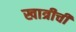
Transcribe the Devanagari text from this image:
खात्रीची